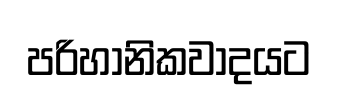
පරිහානිකවාදයට